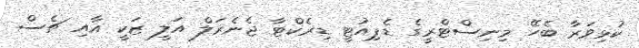
ކުޅިވަރާ ބެހޭ މިނިސްޓްރީގެ ޑެޕިއުޓީ ޑިރެކްޓާ ޖެނެރަލް އަލީ ޒަކީ އާއި ޗެސް